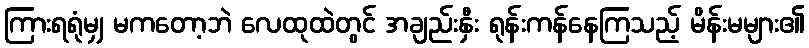
ကြားရရုံမျှ မကတော့ဘဲ လေထုထဲတွင် အချည်းနှီး ရုန်းကန်နေကြသည့် မိန်းမများ၏